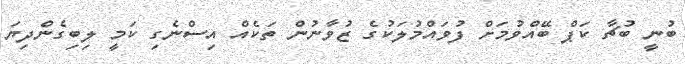
ބުނީ ބުޗާ ކަޕް ބޭއްވުމަށް ފުވައްމުލަކުގެ ޒުވާނުން ތަކެއް އިސްނެގި ކަމީ ލިބިގެންދިޔަ